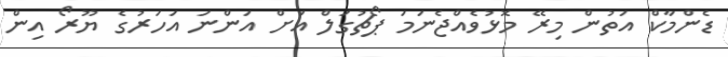
ޑެންމާކް އަތުން މިރޭ މޮޅުވެއްޖެނަމަ ޕޯޗުގަލް އަށް އަންނަ އަހަރުގެ ޔޫރޯ އިން